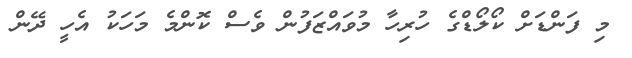
މި ފަންޑަށް ކޯލޯޑްގެ ހުރިހާ މުވައްޒަފުން ވެސް ކޮންމެ މަހަކު އެހީ ދޭން